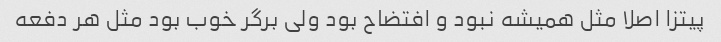
پیتزا اصلا مثل همیشه نبود و افتضاح بود ولی برگر خوب بود مثل هر دفعه